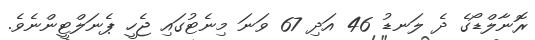
ރޮނާލްޑޯގެ ދެ ލަނޑު 46 އަދި 67 ވަނަ މިނެޓުގައި ޖެހީ ޕެނަލްޓީންނެވެ.